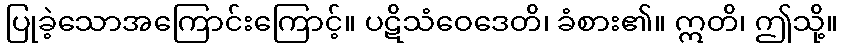
ပြုခဲ့သောအကြောင်းကြောင့်။ ပဋိသံဝေဒေတိ၊ ခံစား၏။ ဣတိ၊ ဤသို့။